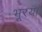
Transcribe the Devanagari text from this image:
भूरया